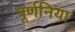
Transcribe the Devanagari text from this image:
पूर्णनिया